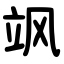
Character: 飒